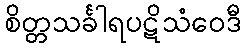
စိတ္တသင်္ခါရပဋိသံဝေဒီ